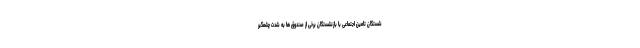
شستگان تامین اجتماعی با بازنشستگان برخی از صندوق ها به شدت چشمگیر